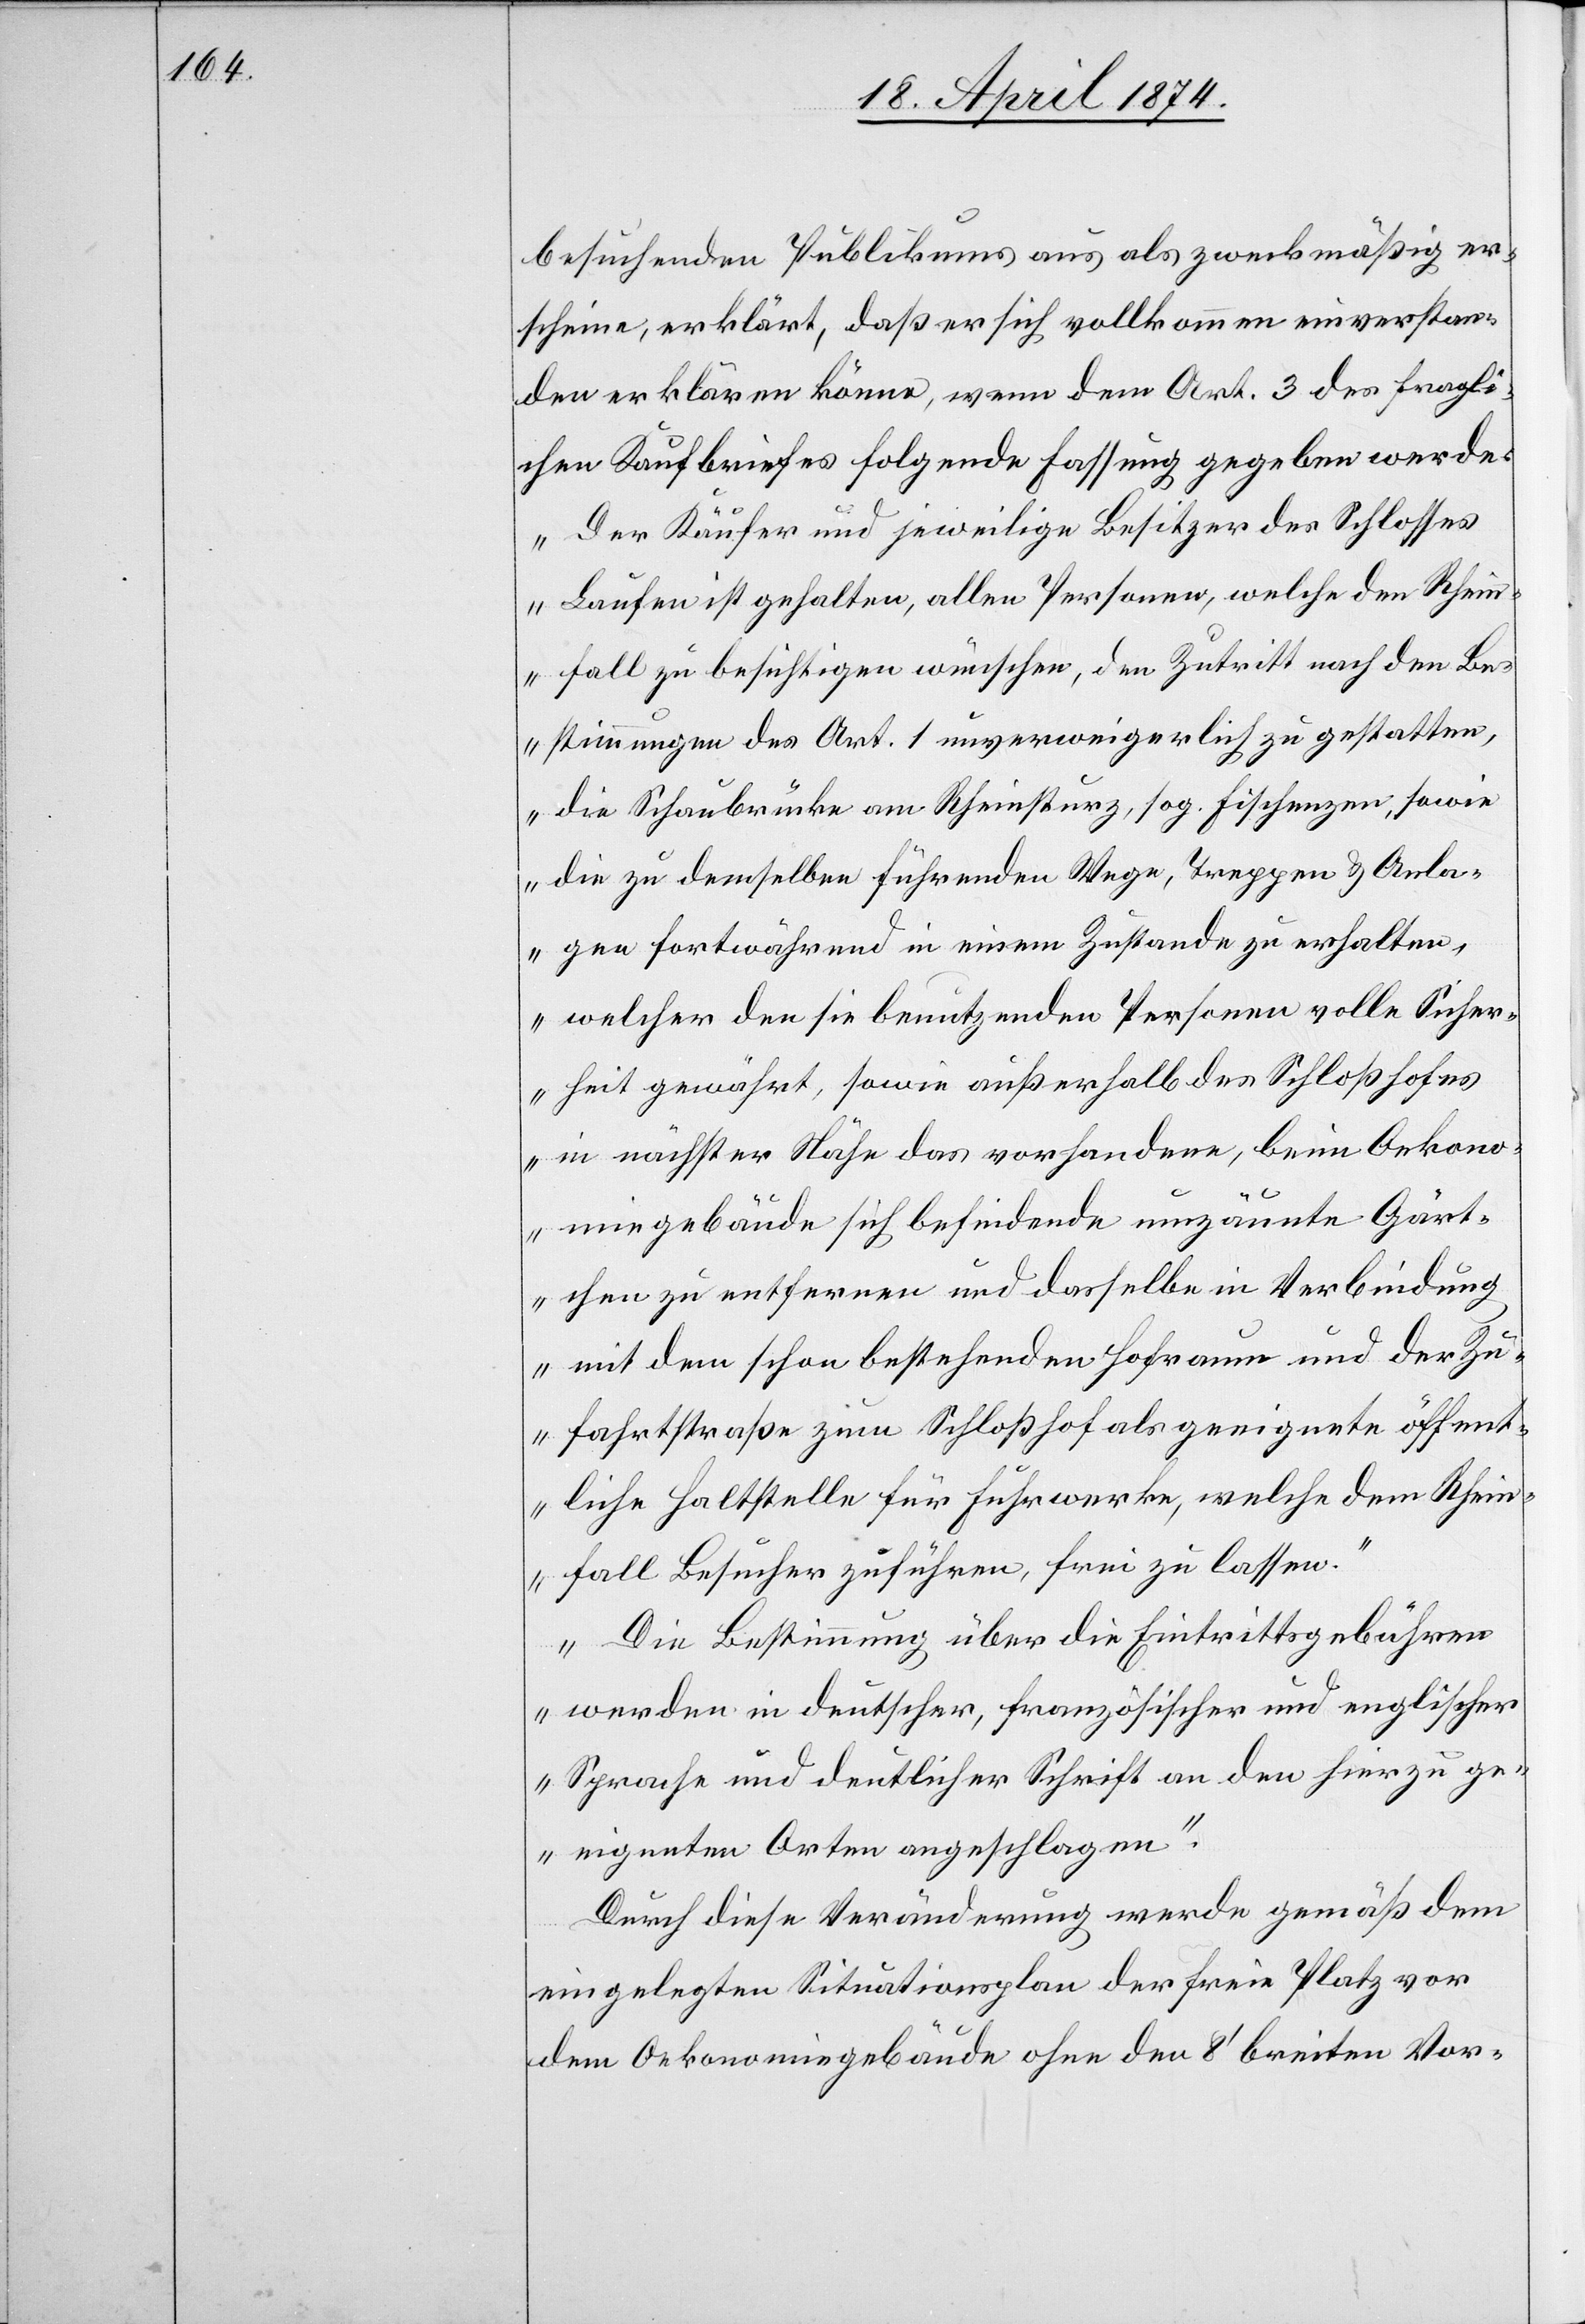
besuchenden Publikums aus als zweckmäßig er¬
scheine, erklärt, daß er sich vollkommen einverstan¬
den erklären könne, wenn dem Art. 3 des fragli¬
chen Kaufbriefes folgende Fassung gegeben werde:
„Der Käufer und jeweilige Besitzer des Schlosses
Laufen ist gehalten, allen Personen, welche den Rhein¬
fall zu besichtigen wünschen, den Zutritt nach den Be¬
stimmungen des Art. 1 unverweigerlich zu gestatten,
die Schaubrücke am Rheinsturz, sog. Fischenzen, sowie
die zu demselben führenden Wege, Treppen u. Anla¬
gen fortwährend in einem Zustande zu erhalten,
welcher den sie benützenden Personen volle Sicher¬
heit gewährt, sowie außerhalb des Schloßhofes
in nächster Nähe das vorhandene, beim Oekono¬
miegebäude sich befindende umzäunte Gärt¬
chen zu entfernen und dasselbe in Verbindung
mit dem schon bestehenden Hofraum und der Zu¬
fahrtsstraße zum Schloßhof als geeignete öffent¬
liche Haltstelle für Fuhrwerke, welche dem Rhein¬
fall Besucher zuführen, frei zu lassen.
Die Bestimmung über die Eintrittsgebühren
werden in deutscher, französischer und englischer
Sprache und deutlicher Schrift an den hierzu ge¬
eigneten Orten angeschlagen.“
Durch diese Veränderung werde gemäß dem
eingelegten Situationsplan der freie Platz vor
dem Oekonomiegebäude ohne den 8‘ breiten Vor-